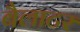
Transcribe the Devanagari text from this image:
बैलाटर